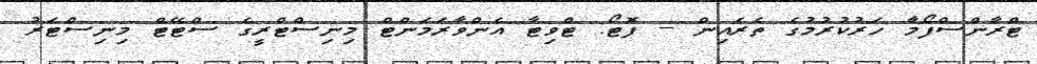
ޓްރާންސްފޯމާ ހަރުކުރުމުގެ ތެރެއިން -- ފޮޓޯ: ޓްވިޓާ އެންވާރަމަންޓް މިނިސްޓްރީގެ ސްޓޭޓް މިނިސްޓަރު